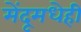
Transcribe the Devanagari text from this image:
मेंदूमधेही